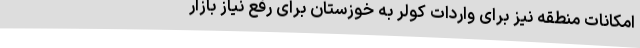
امکانات منطقه نیز برای واردات کولر به خوزستان برای رفع نیاز بازار